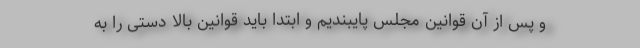
و پس از آن قوانین مجلس پایبندیم و ابتدا باید قوانین بالا دستی را به